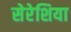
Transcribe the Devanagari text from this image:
सेरेशिया